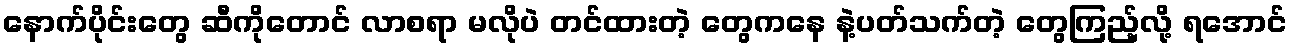
နောက်ပိုင်းတွေ ဆီကိုတောင် လာစရာ မလိုပဲ တင်ထားတဲ့ တွေကနေ နဲ့ပတ်သက်တဲ့ တွေကြည့်လို့ ရအောင်